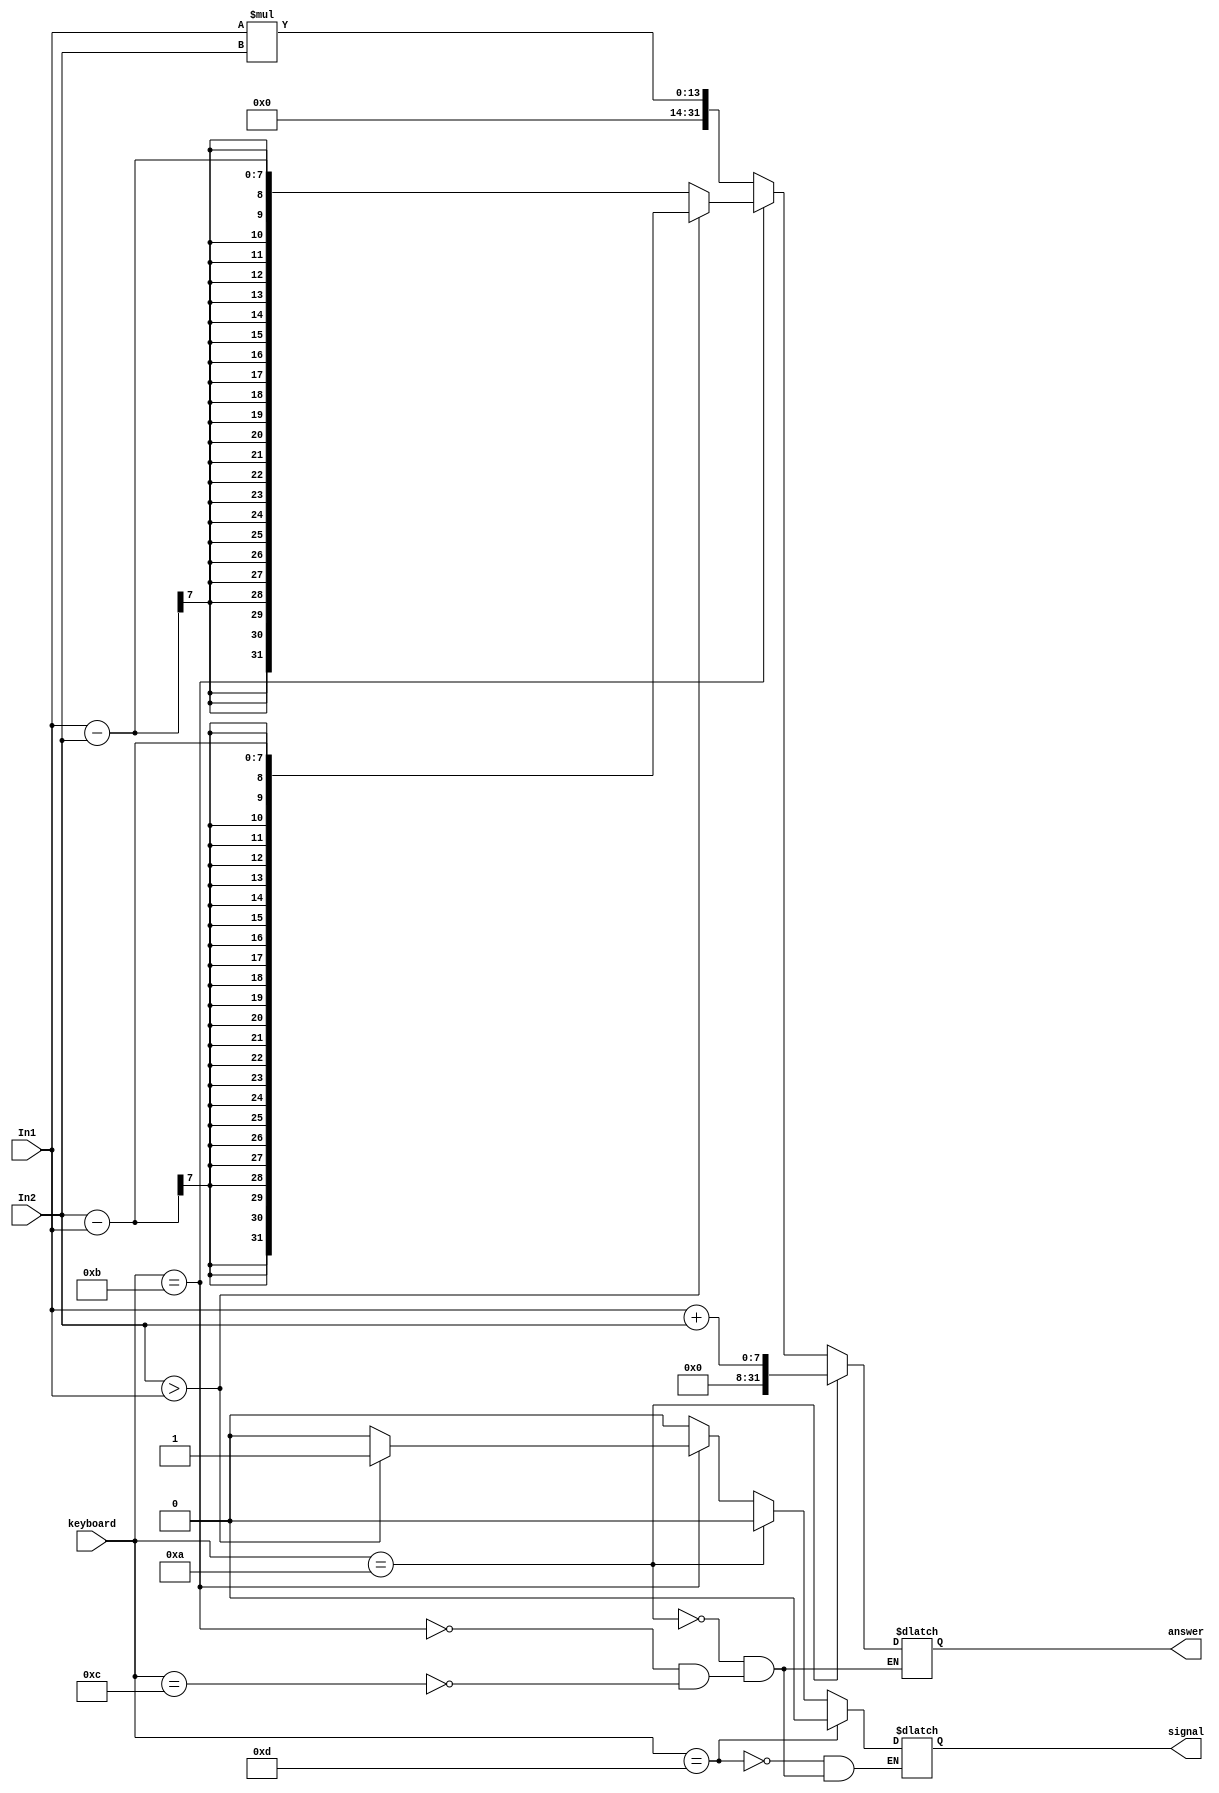
module calculator(
	input [6:0] In1,
	input [6:0] In2, 
	input [3:0] keyboard, 
	output reg [31:0] answer, 
	output reg signal
); 
	
	initial begin 
		signal = 0;
	end 
	
	parameter A = 4'd10, B = 4'd11, C = 4'd12, D = 4'd13;
	
	always @ (*) begin
	
		if(keyboard == A) begin 
			answer <= In1 + In2; 
			signal <= 0; 
		end 
		else if(keyboard == B) begin 
			if(In2 > In1) begin
				answer <= In2 - In1; 
				signal <= 1;
			end
			
			else begin 
				answer <= In1 - In2;
				signal <= 0;
			end 
		end 
		else if(keyboard == C) begin 
			answer <=  In1 * In2; 
			signal <= 0; 
		end 
		if(keyboard == D) begin
			signal <= 0; 
		end 
			
	end
	
endmodule